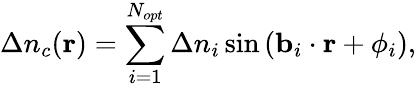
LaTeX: \Delta n_{c}({\mathbf r})=\sum_{i=1}^{N_{opt}}\Delta n_{i}\, \mathrm{sin}\left({\mathbf b}_{i}\cdot{\mathbf r}+\phi_{i}\right),